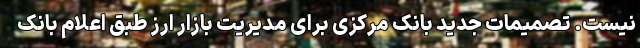
نیست. تصمیمات جدید بانک مرکزی برای مدیریت بازار ارز طبق اعلام بانک